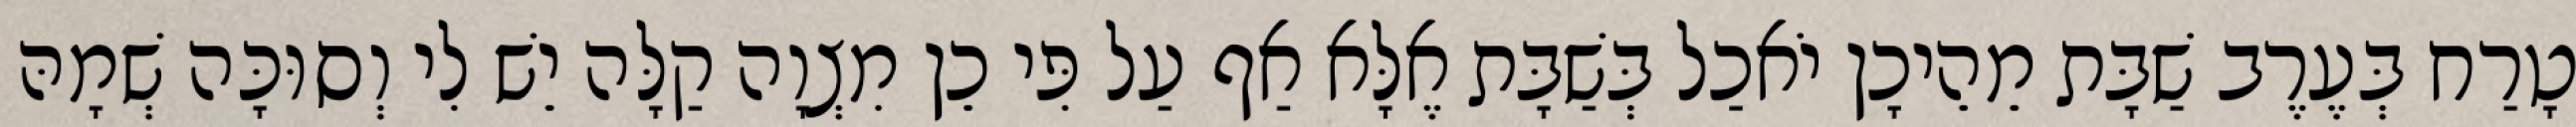
טָרַח בְּעֶרֶב שַׁבָּת מֵהֵיכָן יֹאכַל בְּשַׁבָּת אֶלָּא אַף עַל פִּי כֵן מִצְוָה קַלָּה יֵשׁ לִי וְסוּכָּה שְׁמָהּ